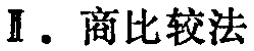
\section{商比较法}